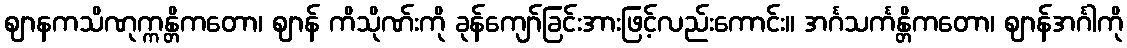
ဈာနကသိဏုက္ကန္တိကတော၊ ဈာန် ကိသိုဏ်းကို ခုန်ကျော်ခြင်းအားဖြင့်လည်းကောင်း။ အင်္ဂသင်္ကန္တိကတော၊ ဈာန်အင်္ဂါကို